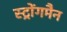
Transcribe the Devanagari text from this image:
स्ट्रोंगमैन